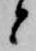
と